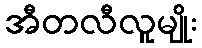
အီတလီလူမျိုး